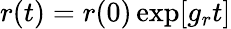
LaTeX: r(t)=r(0)\exp[g_{r}t]